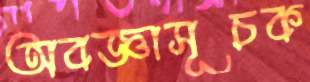
অবজ্ঞাসূচক